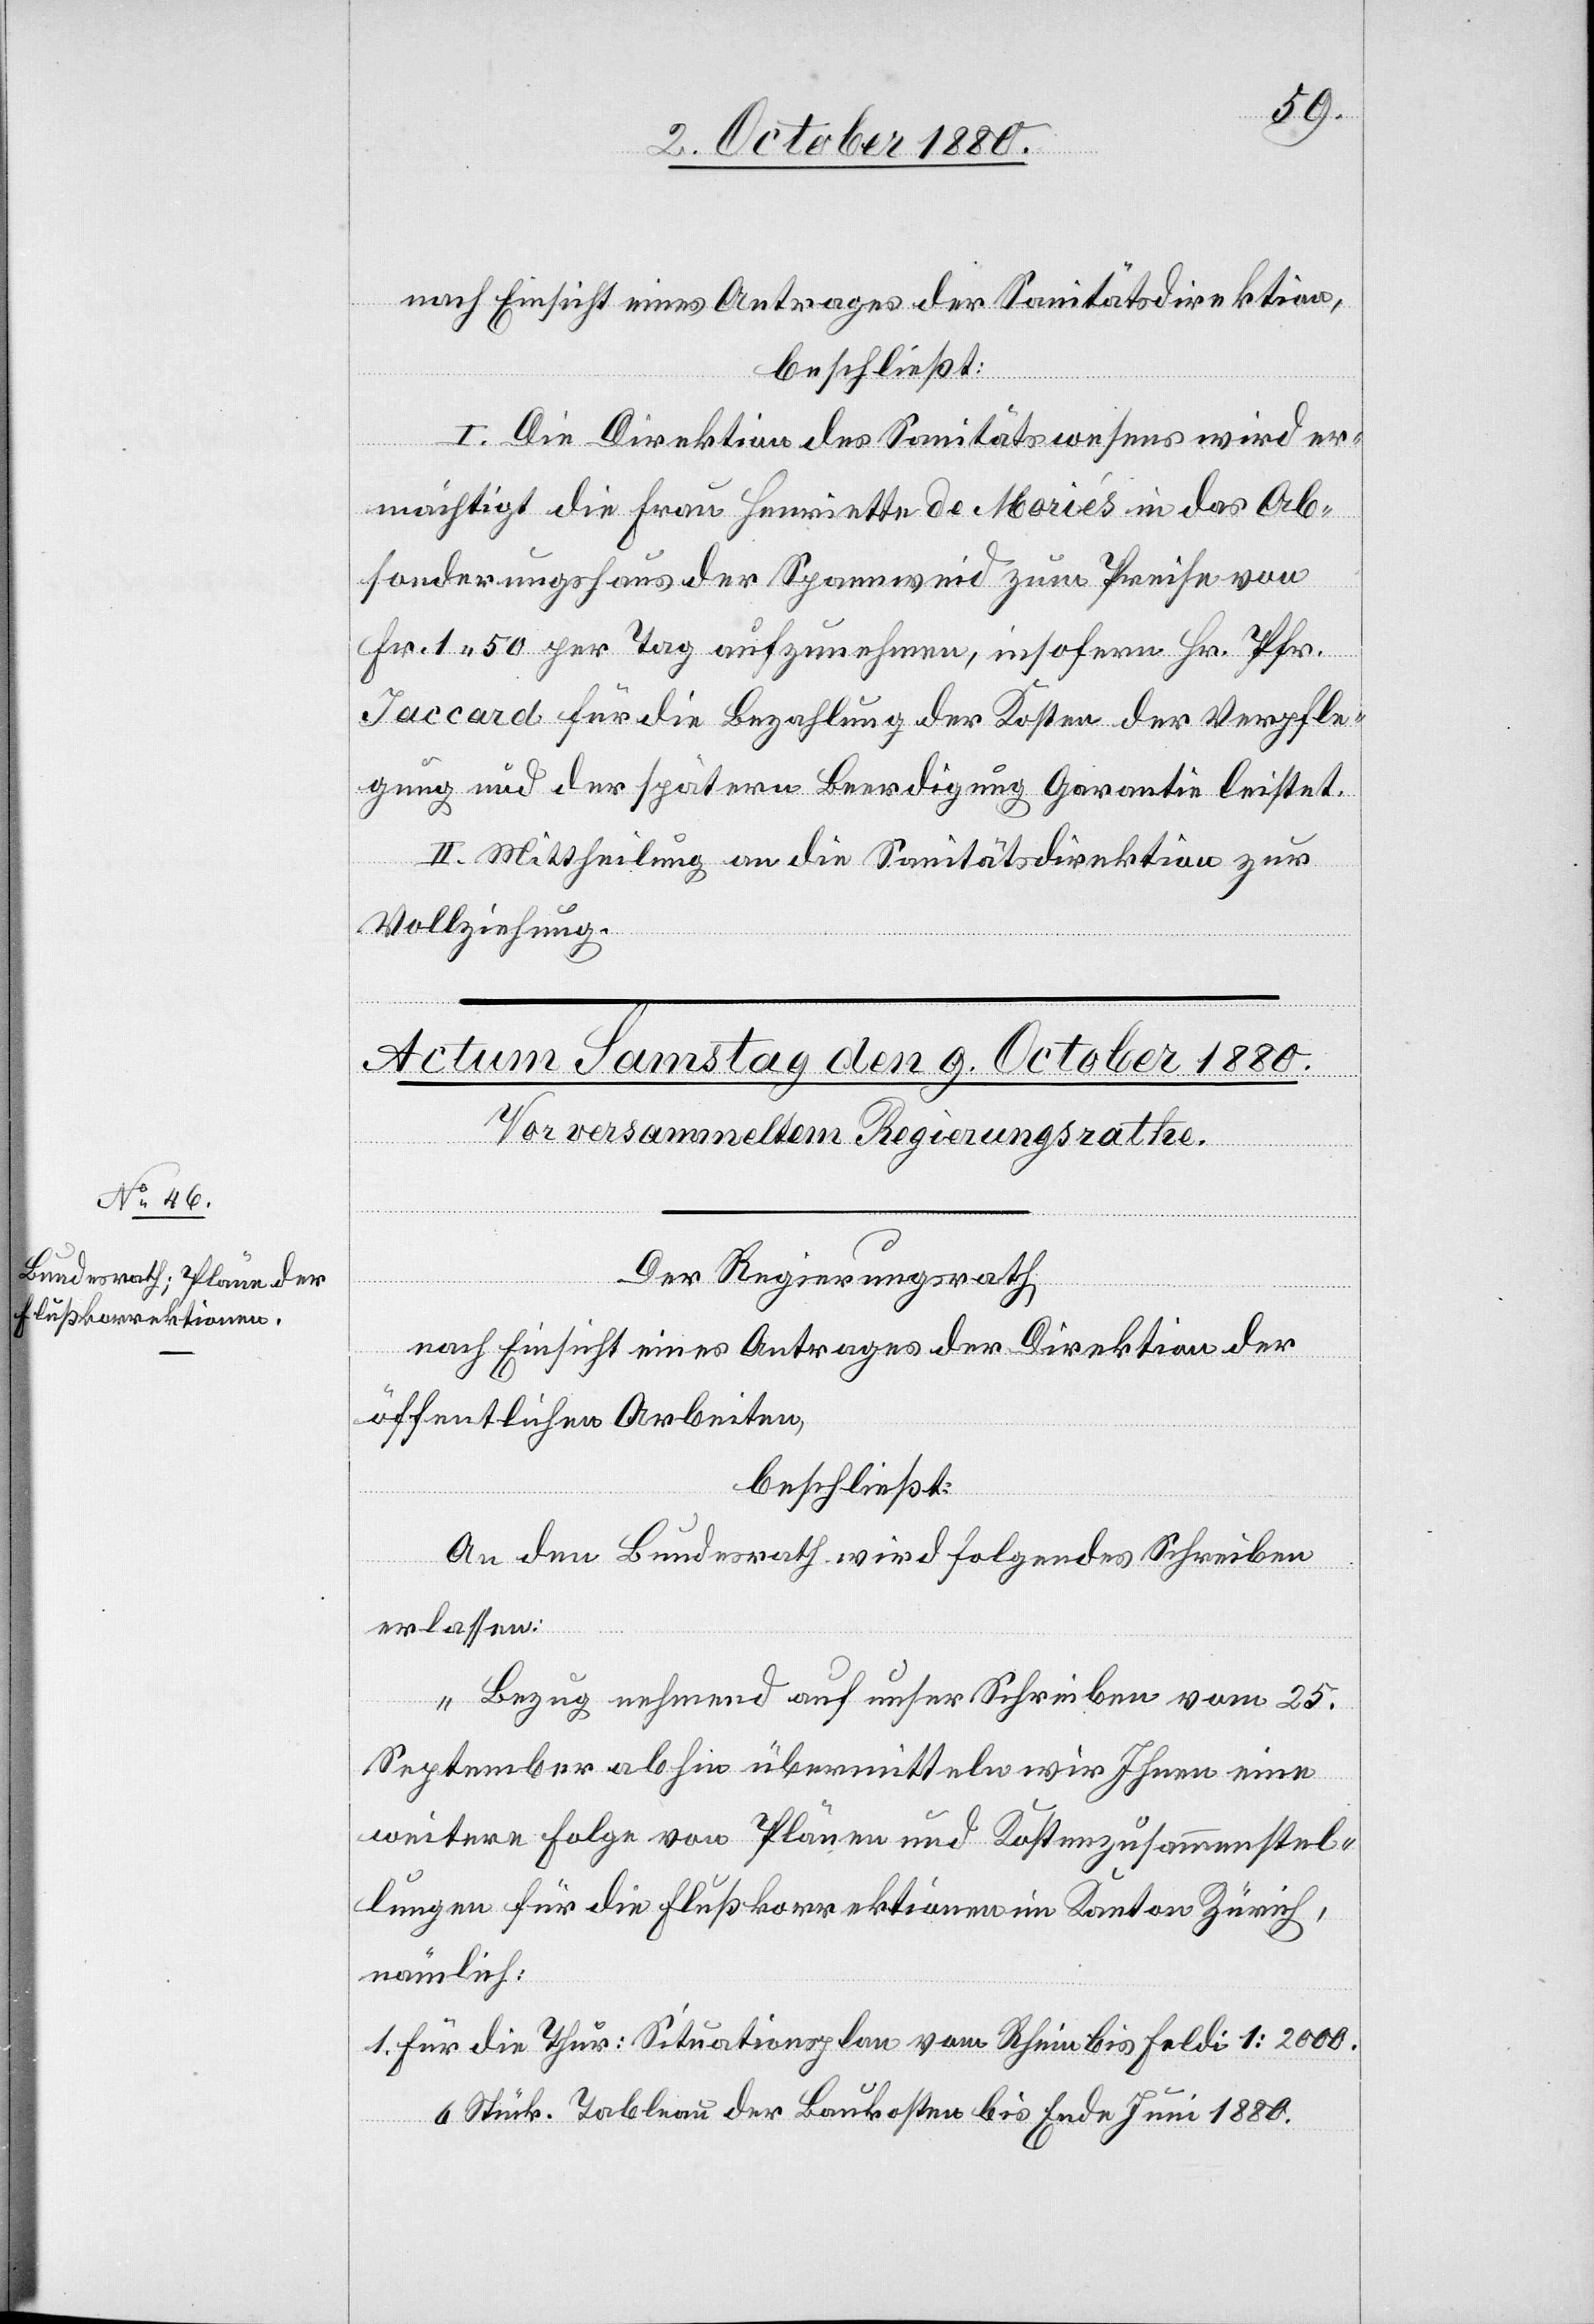
nach Einsicht eines Antrages der Sanitätsdirektion,
beschließt:
I. Die Direktion des Sanitätswesens wird er¬
mächtigt die Frau Henriette de Moriés in das Ab¬
sonderungshaus der Spannweid zum Preise von
Fr. 1 50 per Tag aufzunehmen, insofern Hr. Pfr.
Jaccard für die Bezahlung der Kosten der Verpfle¬
gung und der spätern Beerdigung Garantie leistet.
II. Mittheilung an die Sanitätsdirektion zur
Vollziehung.
Der Regierungsrath,
nach Einsicht eines Antrages der Direktion der
öffentlichen Arbeiten,
beschließt:
An den Bundesrath wird folgendes Schreiben
erlassen:
„Bezug nehmend auf unser Schreiben vom 25.
September abhin übermitteln wir Ihnen eine
weitere Folge von Plänen und Kostenzusammenstel¬
lungen für die Flußkorrektionen im Kanton Zürich,
nämlich:
1. Für die Thur: Situationsplan vom Rhein bis Feldi 1:2000.
6 Stück. Tableau der Baukosten bis Ende Juni 1880.